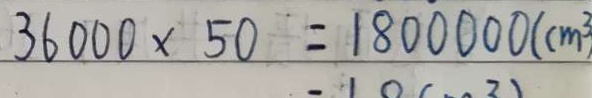
3 6 0 0 0 \times 5 0 = 1 8 0 0 0 0 0 ( c m ^ { 3 } )